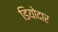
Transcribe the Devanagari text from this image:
डियोदार